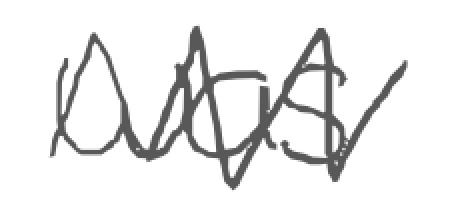
Text: was
Cross-out: mix
Writing tool: digital_gray